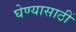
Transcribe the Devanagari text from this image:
घेण्यासाठीं